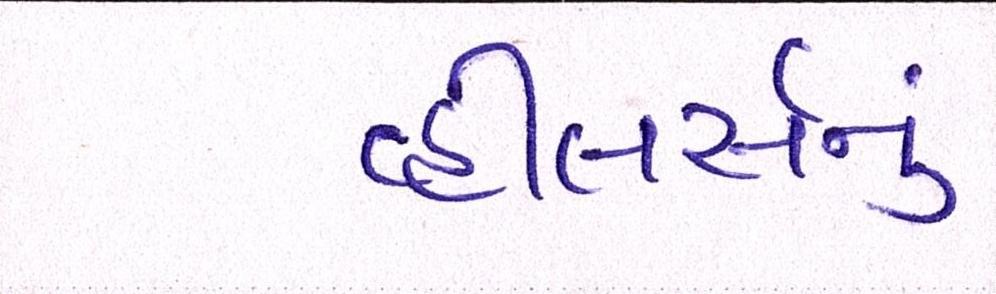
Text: વ્હીલર્સનું